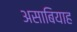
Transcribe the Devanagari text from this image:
असाबियाह